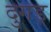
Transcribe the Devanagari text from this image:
दुगड़